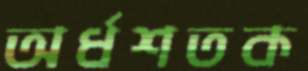
অর্ধশতক